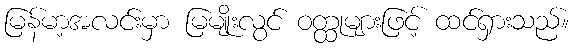
မြန်မာ့အလင်းမှာ မြမျိုးလွင် ဝတ္ထုများဖြင့် ထင်ရှားသည်။